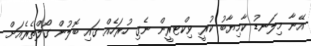
އޭނާ މިލަނޑު ކާމިޔާބު ކުރީ ވިކްޓރީން ނެގި ހުރަހެއް ގައި ބޮލުން ގޯލްތެރެއަށް